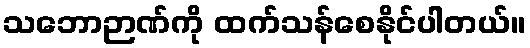
သဘောဉာဏ်ကို ထက်သန်စေနိုင်ပါတယ်။